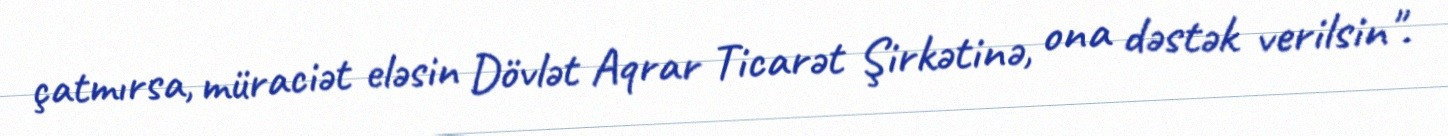
çatmırsa, müraciət eləsin Dövlət Aqrar Ticarət Şirkətinə, ona dəstək verilsin".